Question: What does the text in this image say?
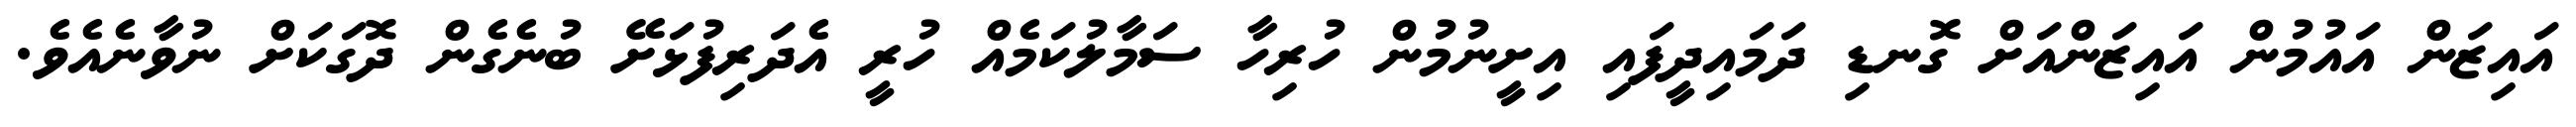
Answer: އައިޒަން އައުމުން އައިޒަންއަށް ގޮނޑި ދަމައިދީފައި އިށީނުމުން ހުރިހާ ސަމާލުކަމެއް ހުރީ އެދަރިފުޅަށޭ ބުނެގެން ދޮގަކަށް ނުވާނެއެވެ.